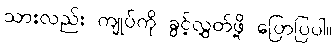
သားလည်း ကျုပ်ကို ခွင့်လွှတ်ဖို့ ပြောပြပါ။